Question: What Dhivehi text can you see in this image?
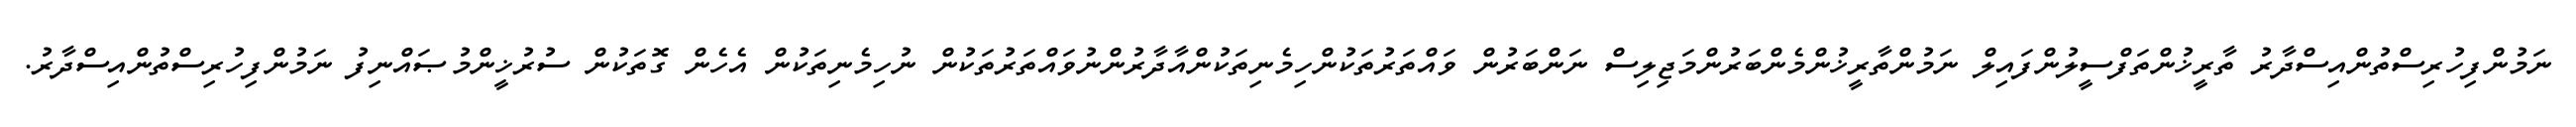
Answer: ނަމުންފިހުރިސްތުންއިސްދާރު ތާރީޚުންތަފްސީލުންފައިލް ނަމުންތާރީޚުންމެންބަރުންމަޖިލިސް ނަންބަރުން ވައްތަރުތަކުންހިމެނިތަކުންއާދާރުންނުވައްތަރުތަކުން ނުހިމެނިތަކުން އެހެން ގޮތަކުން ސުރުޚީންމުޞައްނިފު ނަމުންފިހުރިސްތުންއިސްދާރު.